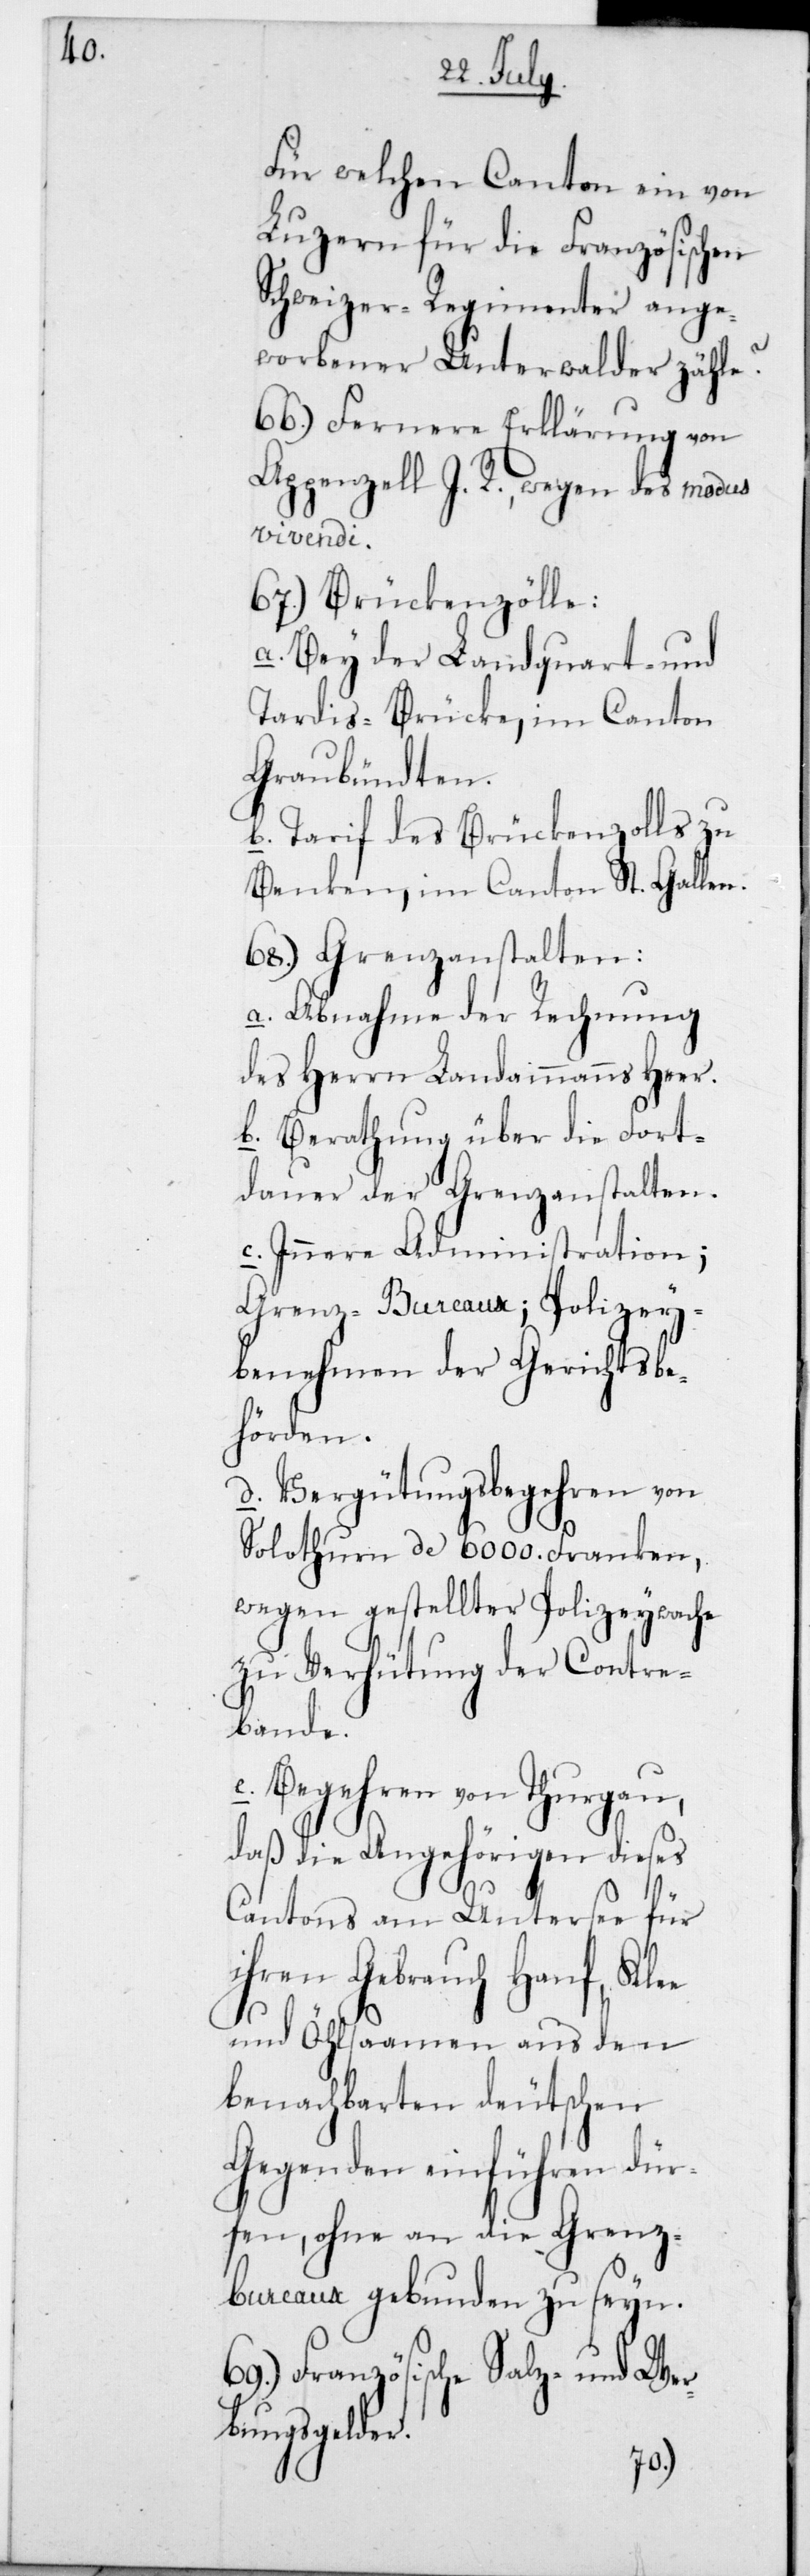
Für welchen Canton ein von
Luzern für die Französischen
Schweizer-Regimenter ange¬
worbener Unterwalder zähle?
66.) Fernere Erklärung von
Appenzell I. R., wegen des modus
vivendi.
67.) Brückenzölle:
a. Bey der Landquart- und
Tardis-Brücke, im Canton
Graubündten;
b. Tarif des Brückenzolls zu
Benken im Canton St. Gallen.
68.) Grenzanstalten:
a. Abnahme der Rechnung
des Herrn Landammanns Heer.
b. Berathung über die Fort¬
dauer der Grenzanstalten.
c. Innere Administration;
Grenz-Bureaux; Polizey¬
benehmen der Gerichtsbe¬
hörden.
d. Vergütungsbegehren von
Solothurn de 6000 Franken,
wegen gestellter Polizeywache
zu Verhütung der Contre¬
bande.
e. Begehren von Thurgau,
daß die Angehörigen dieses
Cantons am Untersee für
ihren Gebrauch Hanf, Klee
und Öhlsamen aus den
benachbarten deutschen
Gegenden einführen dür¬
fen, ohne an die Grenz¬
bureaux gebunden zu seyn.
69.) Französische Salz- und Wer¬
bungsgelder.